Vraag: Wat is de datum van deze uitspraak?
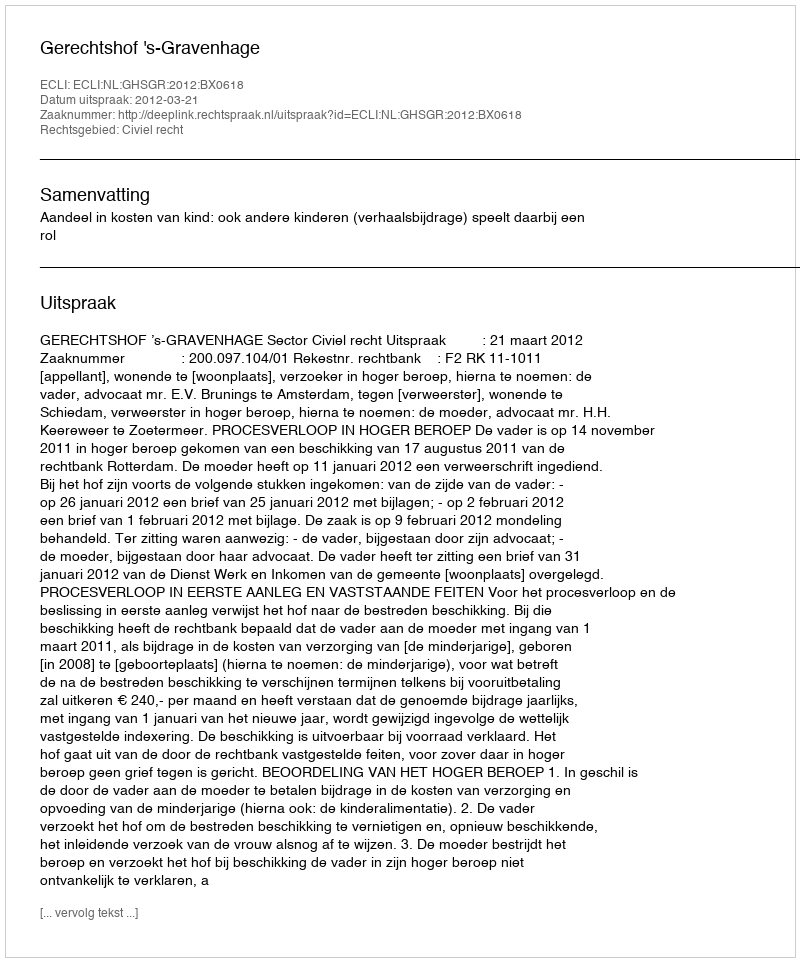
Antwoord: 2012-03-21